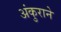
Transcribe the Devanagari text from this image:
अंकुराने